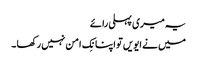
یہ میری پہلی رائے
میں نے ایویں تو اپنا نِک امن نہیں رکھا ۔